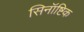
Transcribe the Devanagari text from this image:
सिनॉष्टिक